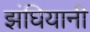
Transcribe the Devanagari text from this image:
झंघियानी